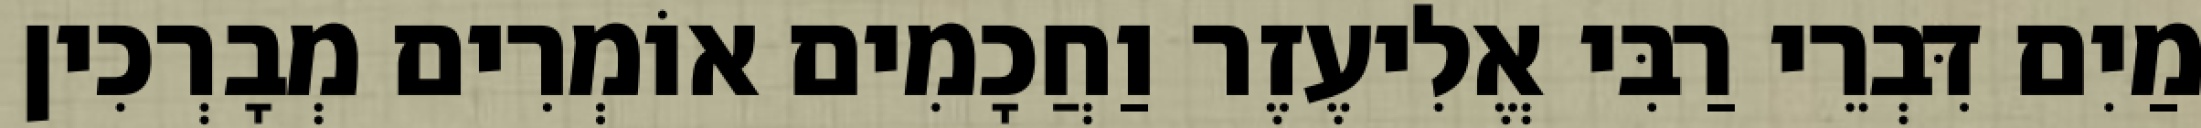
מַיִם דִּבְרֵי רַבִּי אֱלִיעֶזֶר וַחֲכָמִים אוֹמְרִים מְבָרְכִין